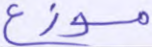
موزع